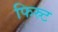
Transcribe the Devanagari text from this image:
फिस्र्ट